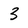
Character: 3